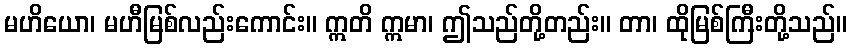
မဟိယော၊ မဟီမြစ်လည်းကောင်း။ ဣတိ ဣမာ၊ ဤသည်တို့တည်း။ တာ၊ ထိုမြစ်ကြီးတို့သည်။